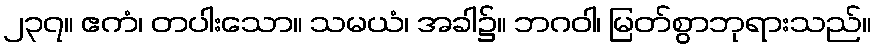
၂၃၇။ ဧကံ၊ တပါးသော။ သမယံ၊ အခါ၌။ ဘဂဝါ၊ မြတ်စွာဘုရားသည်။